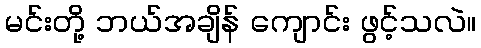
မင်းတို့ ဘယ်အချိန် ကျောင်း ဖွင့်သလဲ။